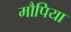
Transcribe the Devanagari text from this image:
मौपिया